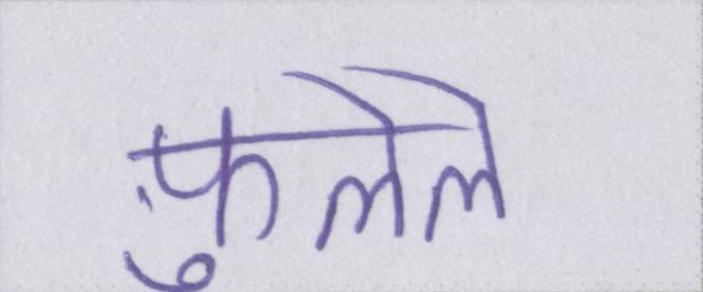
फ़ुलेले